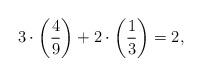
LaTeX: \begin{align*}3\cdot\left(4\over 9\right)+2\cdot\left(1\over 3\right)=2,\end{align*}